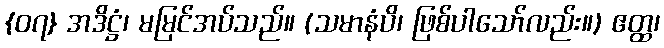
{၀၇} အဒိဋ္ဌံ၊ မမြင်အပ်သည်။ (သမာနံပိ၊ ဖြစ်ပါသော်လည်း။) ဧတ္ထ၊